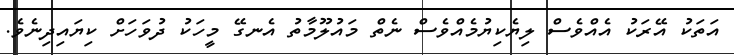
އަތަކު އޭރަކު އެއްވެސް ލިޔެކިޔުމެއްވެސް ނެތް މައުލޫމާތު އެނގޭ މީހަކު ދުވަހަށް ކިޔައިދިނެވެ.